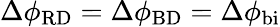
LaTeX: \Delta\phi_{\mathrm{RD}}=\Delta\phi_{\mathrm{BD}}=\Delta\phi_{\mathrm{bi}}